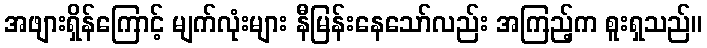
အဖျားရှိန်ကြောင့် မျက်လုံးများ နီမြန်းနေသော်လည်း အကြည့်က စူးရှသည်။